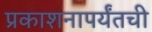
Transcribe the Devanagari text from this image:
प्रकाशनापर्यंतची